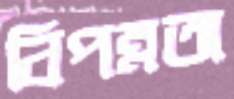
বিপন্নতা